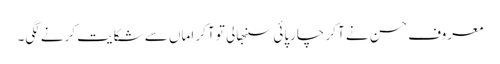
معروف حسن نے آ کر چارپائی سنبھالی تو آ کر اماں سے شکایت کرنے لگی۔